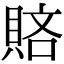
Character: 𧶆